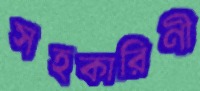
সহকারিণী